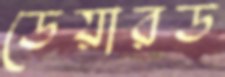
ডেয়ারড